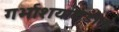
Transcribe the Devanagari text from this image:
गर्भाशयाकडील